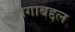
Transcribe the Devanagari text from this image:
रागाबद्दल